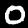
Digit: 0